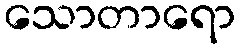
သောတာရော